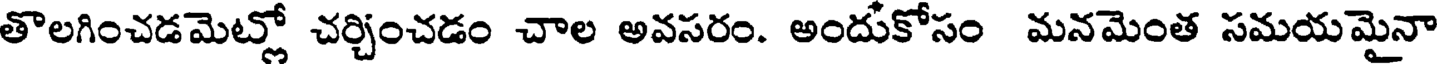
తొలగించడమెట్లో చర్చించడం చాల అవసరం. అందుకోసం మనమెంత సమయమైనా